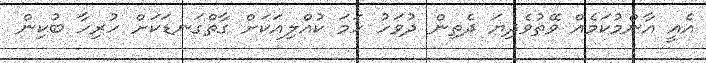
އެއީ އާންމުކަމެއް ވޭތުވެދިޔަ ދެތިން ދުވަހު ހަމަ ކުއްލިއަކަށް ގާތްގަނޑަކަށް ހުރިހާ ބުކިން